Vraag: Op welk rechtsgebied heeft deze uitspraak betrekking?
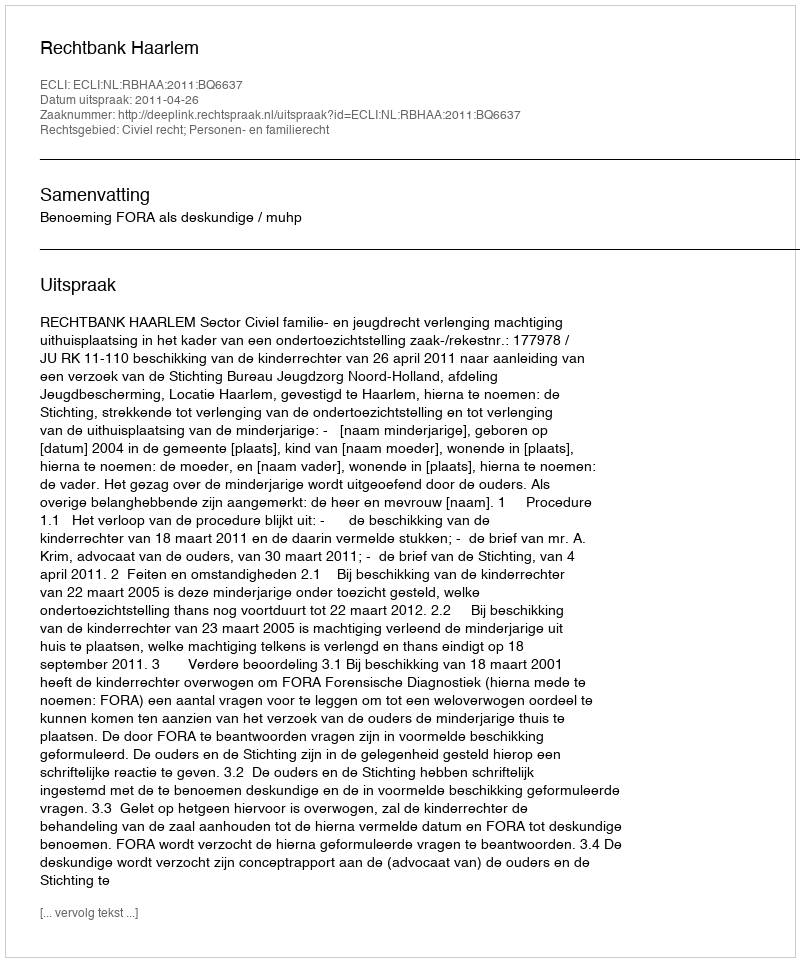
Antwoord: Civiel recht; Personen- en familierecht